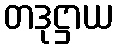
တဒုဋ္ဌာယ